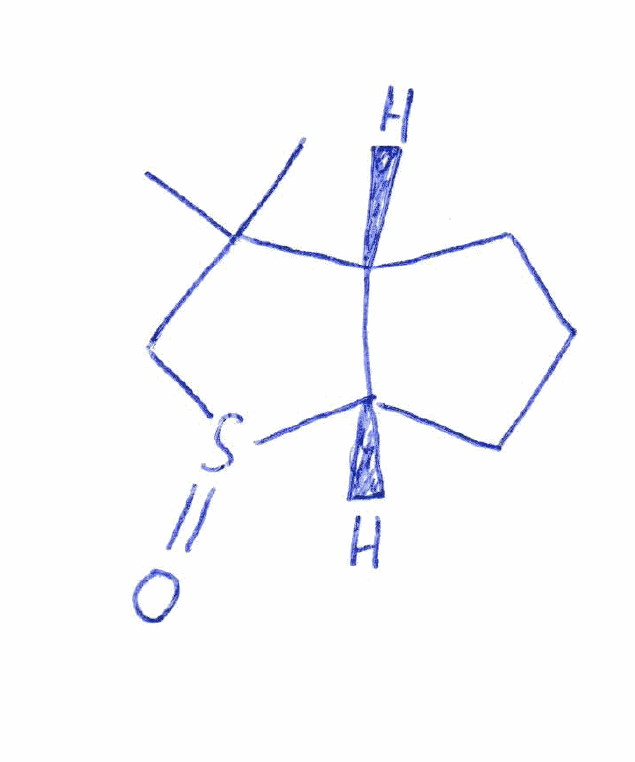
Simplified molecular-input line-entry system (SMILES) notation of the given molecule:
CC1(CS(=O)[C@@H]2[C@H]1CCC2)C